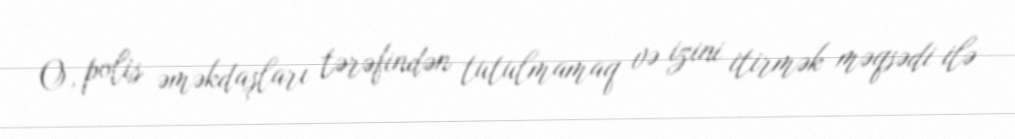
O, polis əməkdaşları tərəfindən tutulmamaq və izini itirmək məqsədi ilə